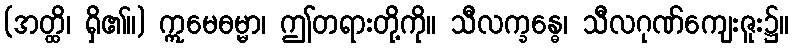
(အတ္ထိ၊ ရှိ၏။) ဣမေဓမ္မာ၊ ဤတရားတို့ကို။ သီလက္ခန္ဓေ၊ သီလဂုဏ်ကျေးဇူး၌။